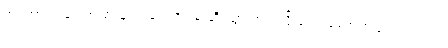
အင်အားအများအပြားနဲ့ ဝင်ရောက်ဖမ်းဆီးသွားတယ်လို့ ဒေသခံတွေက ပြောပါတယ်။